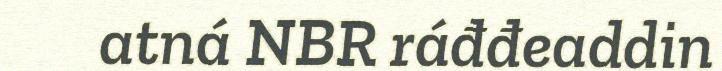
atná NBR ráđđeaddin